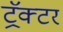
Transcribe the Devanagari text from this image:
ट्रॅक्‍टर